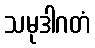
သမုဒါဂတံ